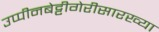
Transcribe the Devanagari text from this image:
उप्पीनबेट्टीगेरीसारख्या